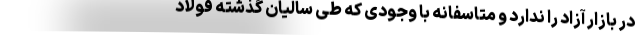
در بازار آزاد را ندارد و متاسفانه با وجودی که طی سالیان گذشته فولاد